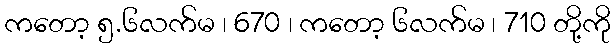
ကတော့ ၅.၆လက်မ ၊ 670 ၊ ကတော့ ၆လက်မ ၊ 710 တို့ကို